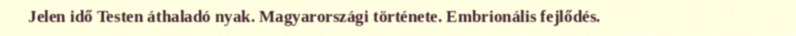
Jelen idő Testen áthaladó nyak. Magyarországi története. Embrionális fejlődés.